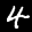
Label: 4